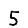
Digit: 5